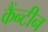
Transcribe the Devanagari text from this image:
कैंन्टीन